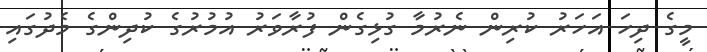
މީގެ ދިހަ އަހަރު ކުރިން ނެރުމާ ގުޅިގެން ފުރާވަރު އުމުރުގެ ކުދިންގެ މެދުގައި